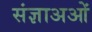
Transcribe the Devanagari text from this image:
संज्ञाअओं